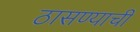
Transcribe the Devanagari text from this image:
ठासण्याची